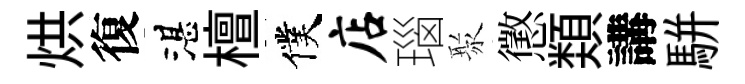
烘復湛檀僕店瑙聚懲𩔖講駢